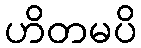
ဟိတမပိ